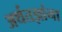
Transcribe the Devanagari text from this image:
अर्थतज्ञांना